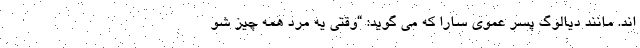
اند. مانند دیالوگ پسر عموی سارا که می گوید: “وقتی یه مرد همه چیز شو